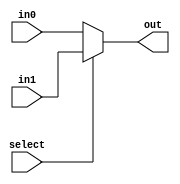
module mul2_1_16bit(
		in0, 
		in1,
		select,
		out);
		
	input[15:0] in0,in1;
	input select;
	output[15:0] out;
	
	assign out = (select == 0) ? in0 : in1;
	
endmodule